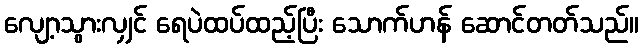
လျော့သွားလျှင် ရေပဲထပ်ထည့်ပြီး သောက်ဟန် ဆောင်တတ်သည်။